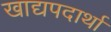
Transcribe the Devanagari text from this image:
खाद्यपदार्था